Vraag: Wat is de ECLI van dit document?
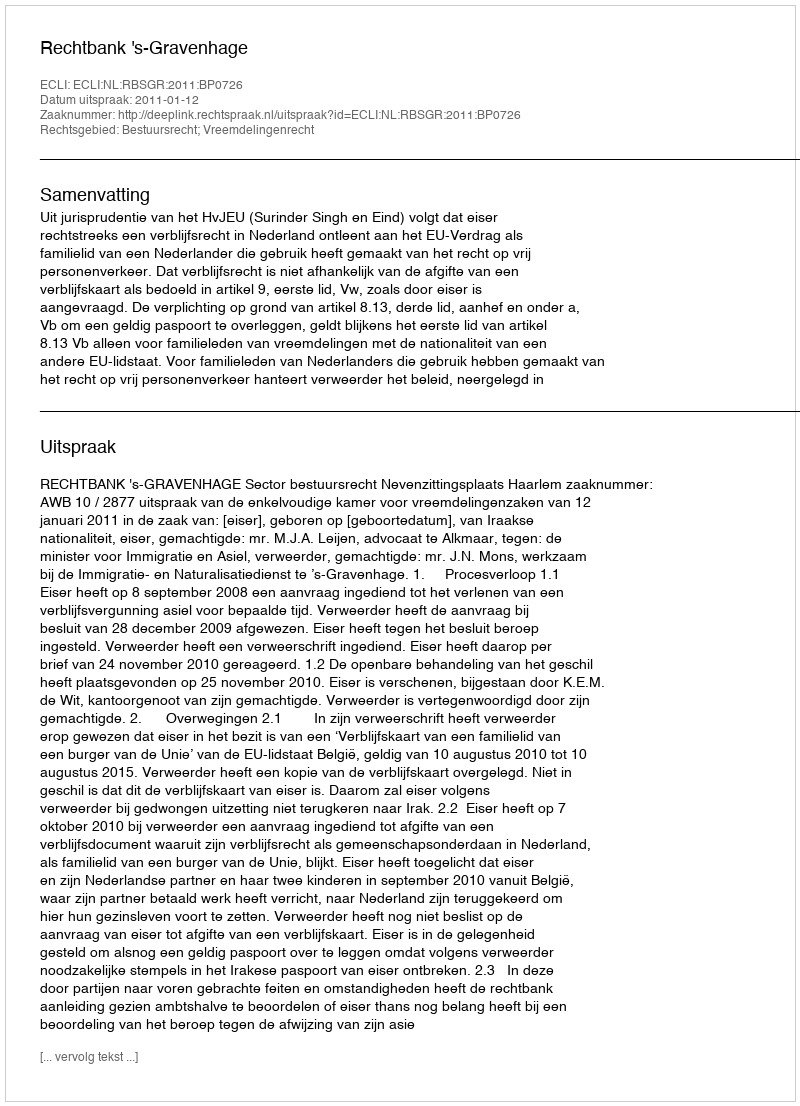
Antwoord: ECLI:NL:RBSGR:2011:BP0726